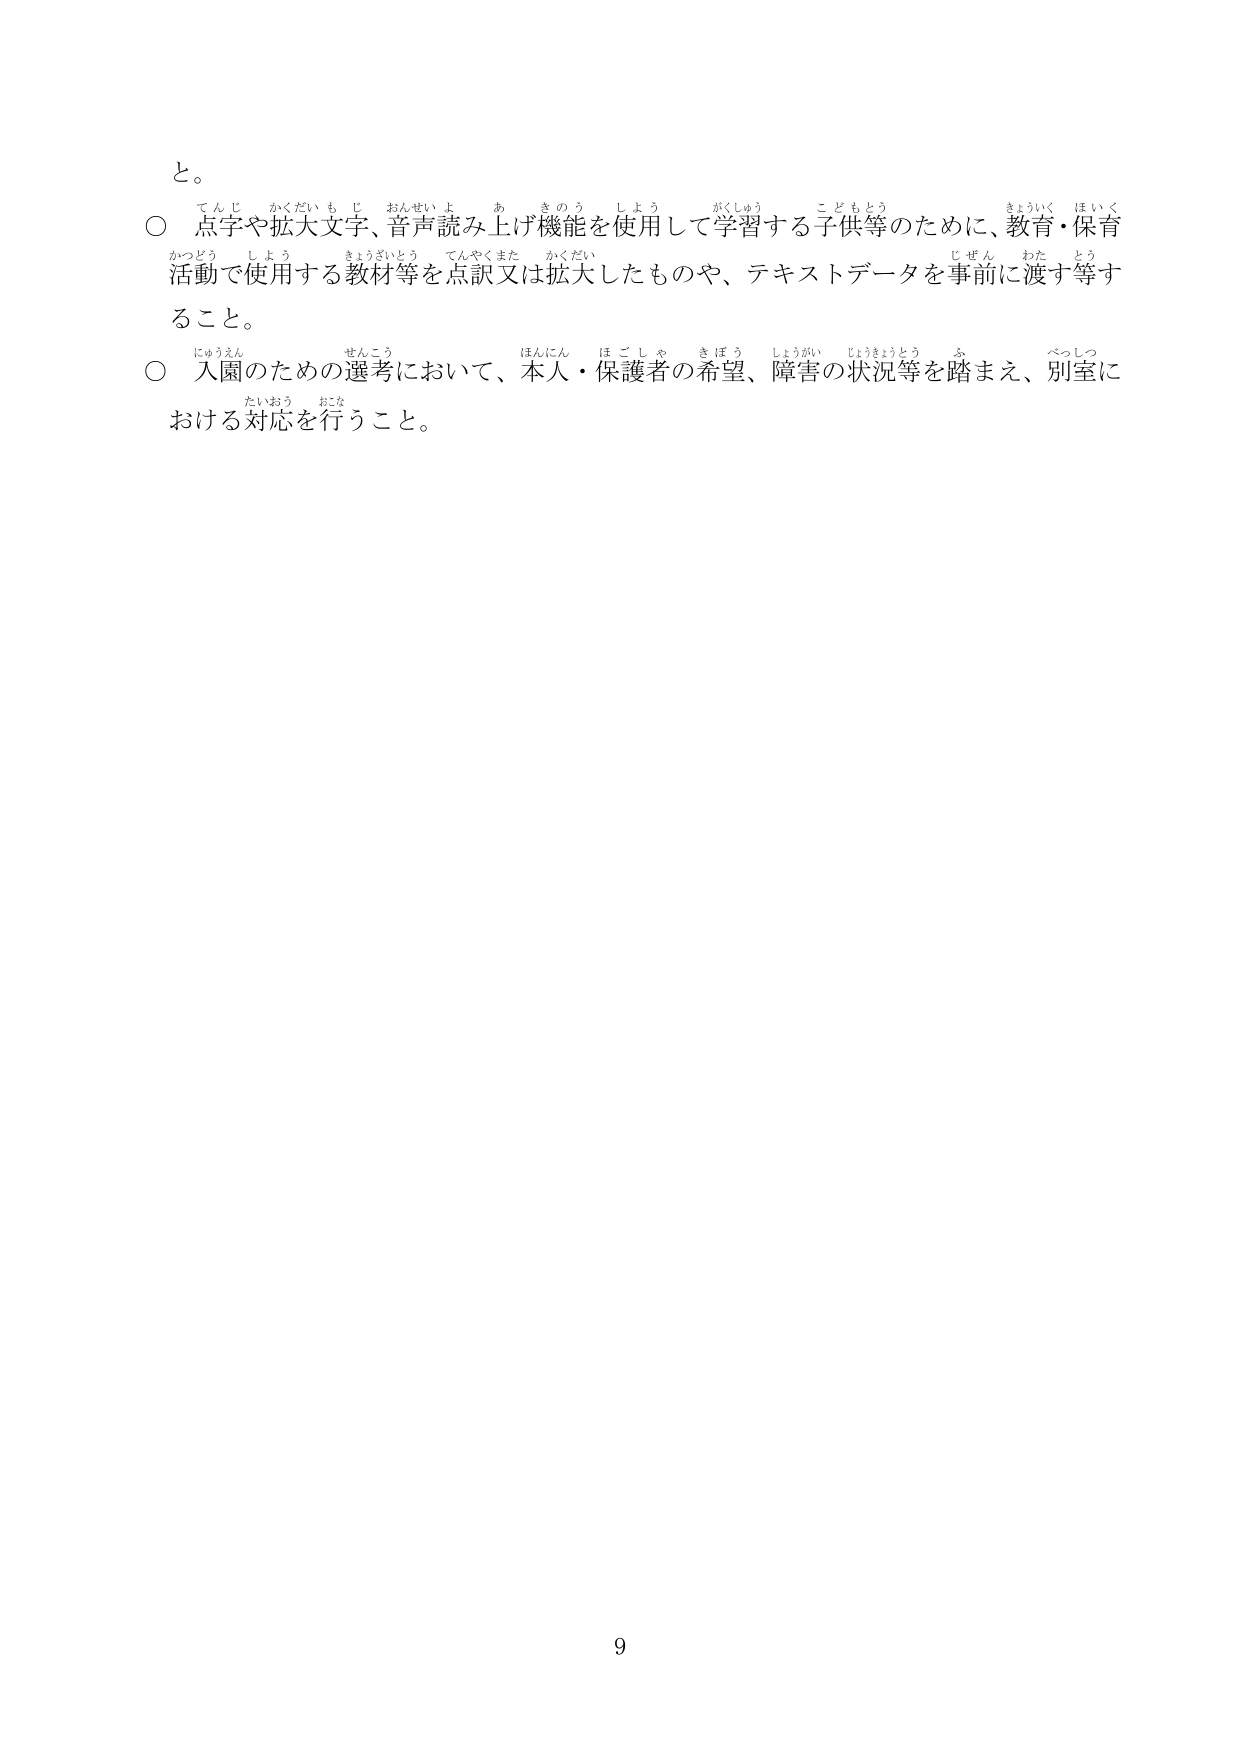
と。

○ 点字や拡大文字、音声読み上げ機能を使用して学習する子供等のために、教育・保育活動で使用する教材等を点訳又は拡大したものや、テキストデータを事前に渡す等すること。

○ 入園のための選考において、本人・保護者の希望、障害の状況等を踏まえ、別室における対応を行うこと。

9